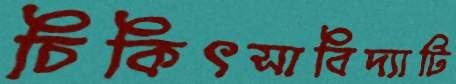
চিকিৎসাবিদ্যাটি